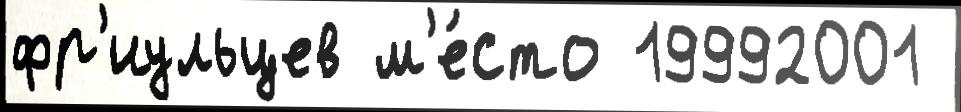
фр'иульцев м'е́сто 19992001